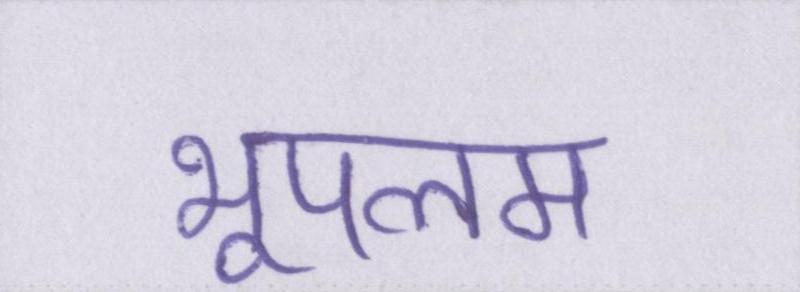
भूपलम